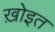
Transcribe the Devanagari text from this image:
ख़ोइत